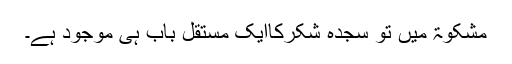
مشکوٰۃ میں تو سجدہ شکرکاایک مستقل باب ہی موجود ہے۔